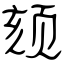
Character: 颏